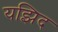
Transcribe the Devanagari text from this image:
यझिद